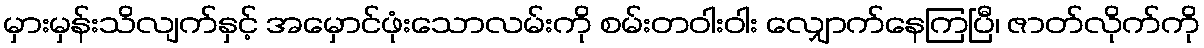
မှားမှန်းသိလျက်နှင့် အမှောင်ဖုံးသောလမ်းကို စမ်းတဝါးဝါး လျှောက်နေကြပြီ၊ ဇာတ်လိုက်ကို